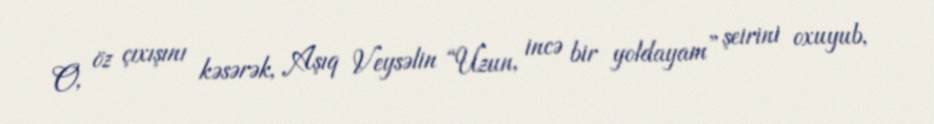
O, öz çıxışını kəsərək, Aşıq Veysəlin “Uzun, incə bir yoldayam” şeirini oxuyub,